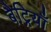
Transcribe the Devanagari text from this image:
बैट्रियाँ